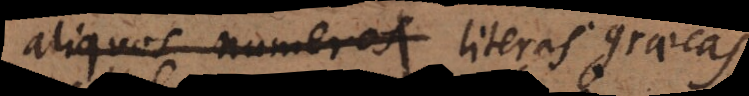
aliquos numeros literas graecas,